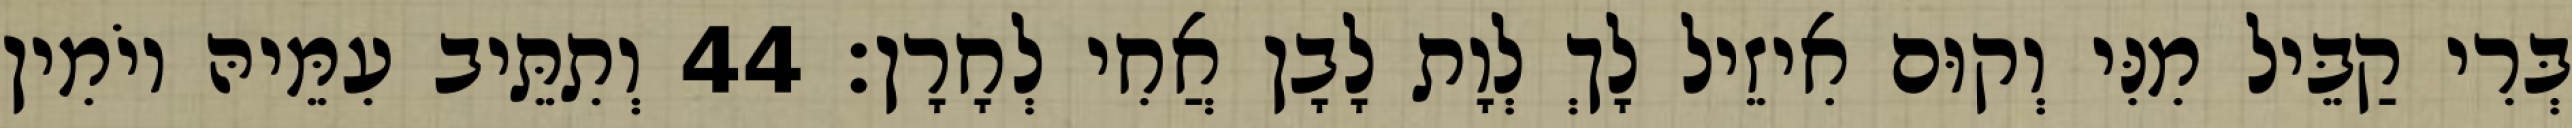
בְּרִי קַבֵּיל מִנִּי וְקוּם אִיזֵיל לָךְ לְוָת לָבָן אֲחִי לְחָרָן׃ 44 וְתִתֵּיב עִמֵּיהּ יוֹמִין